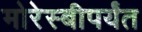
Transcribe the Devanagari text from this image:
मोरेस्बीपर्यंत